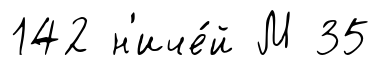
142 н'иче́й М 35